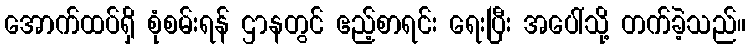
အောက်ထပ်ရှိ စုံစမ်းရန် ဌာနတွင် ဧည့်စာရင်း ရေးပြီး အပေါ်သို့ တက်ခဲ့သည်။